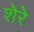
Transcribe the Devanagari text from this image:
शेरेे